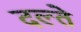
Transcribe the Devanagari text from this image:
दल्ते